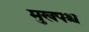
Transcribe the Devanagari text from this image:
मुखपश्च